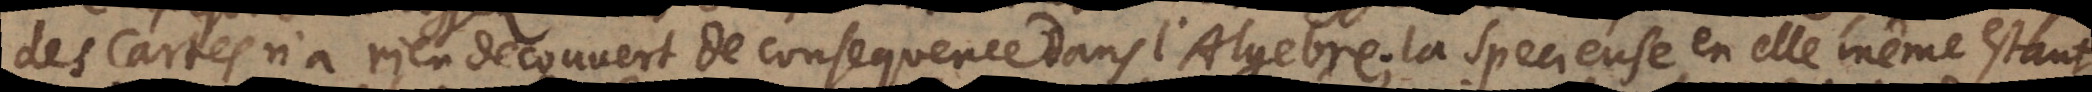
des Cartes n’a rien decouvert dans l’Algebre; la Specieuse en elle même estant